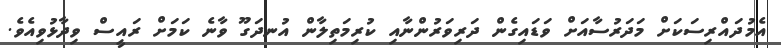
އެމުދައްރިސަކަށް މަދަރުސާއަށް ވަަޑައިގެން ދަރިވަރުންނާއި ކުރިމަތިލާން އުނދަގޫ ވާނެ ކަމަށް ރައީސް ވިދާޅުވިއެވެ.